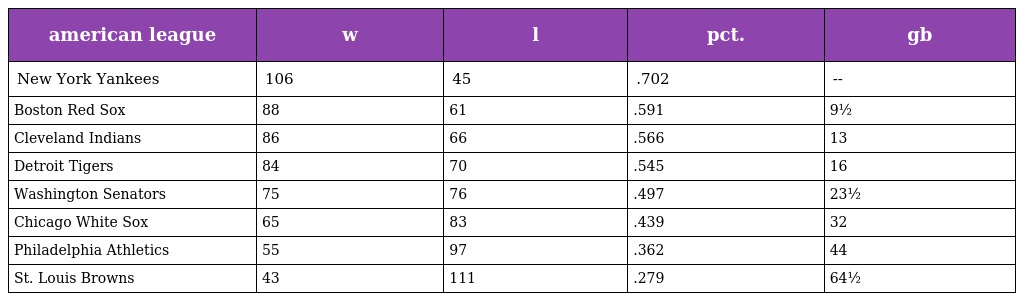
| american league | w | l | pct. | gb |
 | --- | --- | --- | --- | --- |
 | New York Yankees | 106 | 45 | .702 | -- |
 | Boston Red Sox | 88 | 61 | .591 | 9½ |
 | Cleveland Indians | 86 | 66 | .566 | 13 |
 | Detroit Tigers | 84 | 70 | .545 | 16 |
 | Washington Senators | 75 | 76 | .497 | 23½ |
 | Chicago White Sox | 65 | 83 | .439 | 32 |
 | Philadelphia Athletics | 55 | 97 | .362 | 44 |
 | St. Louis Browns | 43 | 111 | .279 | 64½ |